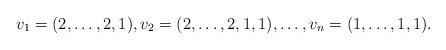
LaTeX: \begin{align*}v_1=(2,\ldots, 2,1), v_2=(2,\ldots,2, 1,1),\ldots, v_n=(1,\dots, 1,1).\end{align*}